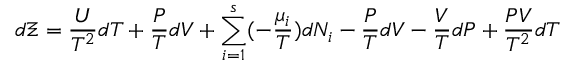
d \Xi = { \frac { U } { T ^ { 2 } } } d T + { \frac { P } { T } } d V + \sum _ { i = 1 } ^ { s } ( - { \frac { \mu _ { i } } { T } } ) d N _ { i } - { \frac { P } { T } } d V - { \frac { V } { T } } d P + { \frac { P V } { T ^ { 2 } } } d T